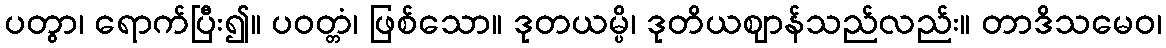
ပတွာ၊ ရောက်ပြီး၍။ ပဝတ္တံ၊ ဖြစ်သော။ ဒုတယမ္ပိ၊ ဒုတိယဈာန်သည်လည်း။ တာဒိသမေဝ၊